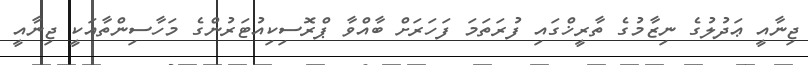
ޖިނާއީ ޢަދުލުގެ ނިޒާމުގެ ތާރީޚްގައި ފުރަތަމަ ފަހަރަށް ބާއްވާ ޕްރޮސިކިއުޓަރުންގެ މަހާސިންތާއަކީ ޖިނާއީ